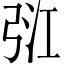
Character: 𢏠